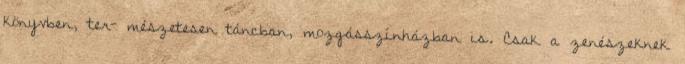
könyvben, ter- mészetesen táncban, mozgásszínházban is. Csak a zenészeknek